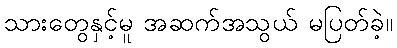
သားတွေနှင့်မူ အဆက်အသွယ် မပြတ်ခဲ့။